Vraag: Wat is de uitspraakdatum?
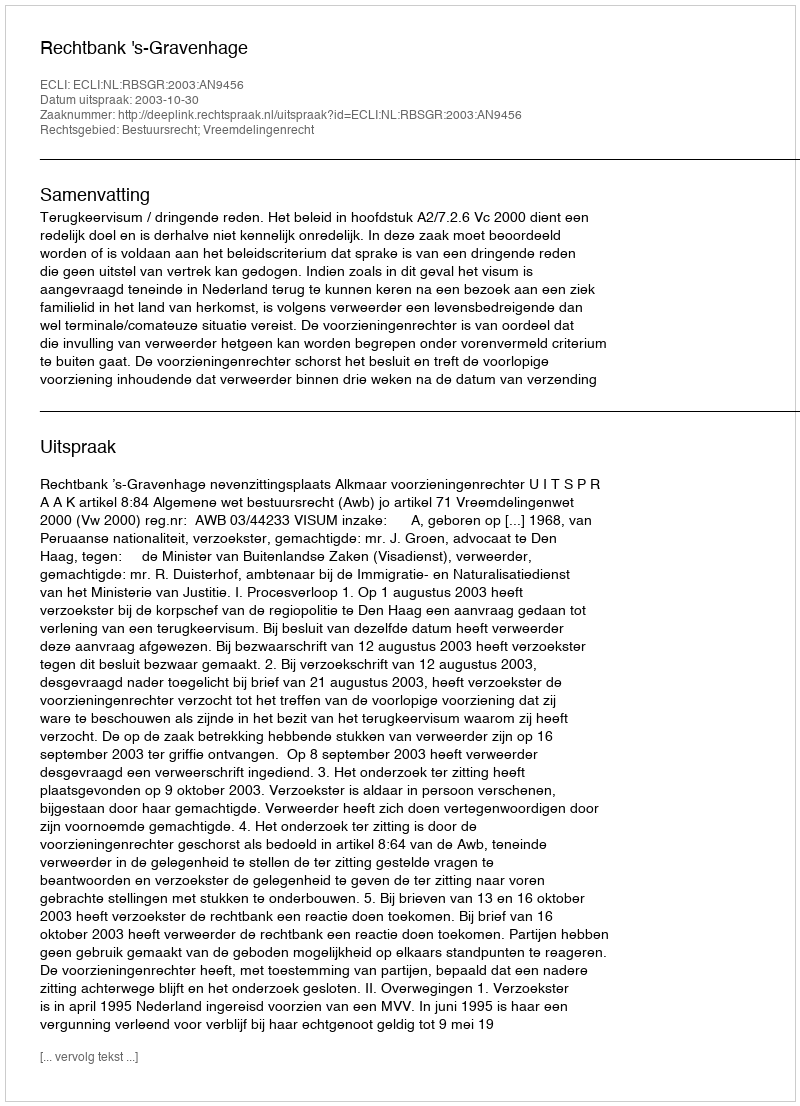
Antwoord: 2003-10-30